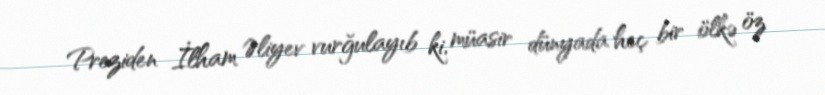
Preziden İlham Əliyev vurğulayıb ki, müasir dünyada heç bir ölkə öz